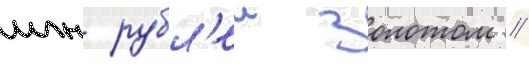
млн рубл'еи золотом //